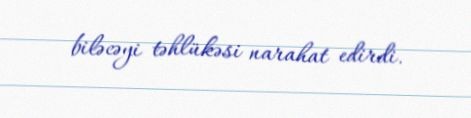
biləcəyi təhlükəsi narahat edirdi.